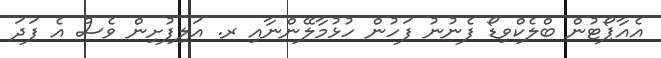
އެއާޕޯޓުން ބްލެކްވިޑޯ ފެނުނު ފަހުން ހުޅުމާލޭންނާއި ރ. އަލިފުށިން ވެސް އެ ފަދަ